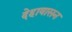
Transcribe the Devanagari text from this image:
देहावासन